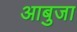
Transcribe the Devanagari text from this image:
आबुजा